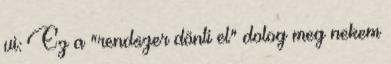
ui: Ez a "rendszer dönti el" dolog meg nekem